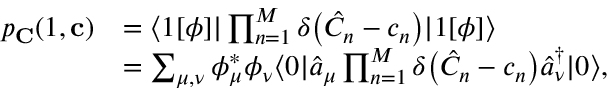
\begin{array} { r l } { p _ { \mathbf { C } } ( 1 , \mathbf { c } ) } & { = \langle 1 [ \phi ] | \prod _ { n = 1 } ^ { M } \delta \bigl ( \hat { C } _ { n } - c _ { n } \bigr ) | 1 [ \phi ] \rangle } \\ & { = \sum _ { \mu , \nu } \phi _ { \mu } ^ { * } \phi _ { \nu } \langle 0 | \hat { a } _ { \mu } \prod _ { n = 1 } ^ { M } \delta \bigl ( \hat { C } _ { n } - c _ { n } \bigr ) \hat { a } _ { \nu } ^ { \dagger } | 0 \rangle , } \end{array}